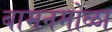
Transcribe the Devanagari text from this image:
बामनमोळा